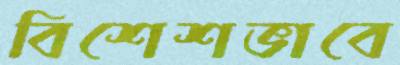
বিশেশভাবে